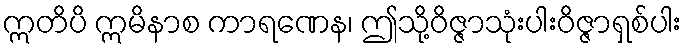
ဣတိပိ ဣမိနာစ ကာရဏေန၊ ဤသို့ဝိဇ္ဇာသုံးပါးဝိဇ္ဇာရှစ်ပါး